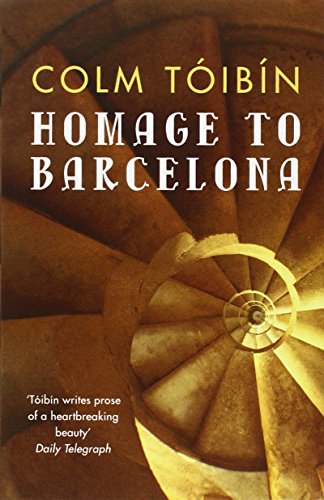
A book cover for Homage to Barcelona; Colm Toibin; Travel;